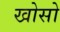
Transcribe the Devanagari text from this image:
खोसो